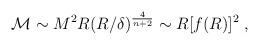
LaTeX: \begin{align*}{\cal M} \sim M^2R(R/\delta)^{4 \over n+2} \sim R[f(R)]^2\;,\end{align*}